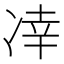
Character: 㓑